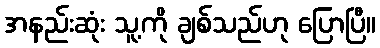
အနည်းဆုံး သူ့ကို ချစ်သည်ဟု ပြောပြီ။